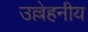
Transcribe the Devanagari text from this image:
उल्लेहनीय